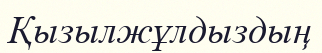
Қызылжұлдыздың